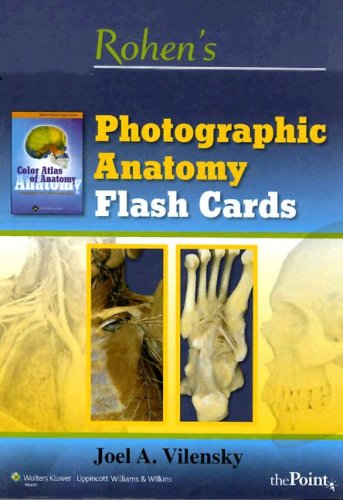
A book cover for Rohen's Photographic Anatomy Flash Cards; Johannes W. Rohen; Medical Books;